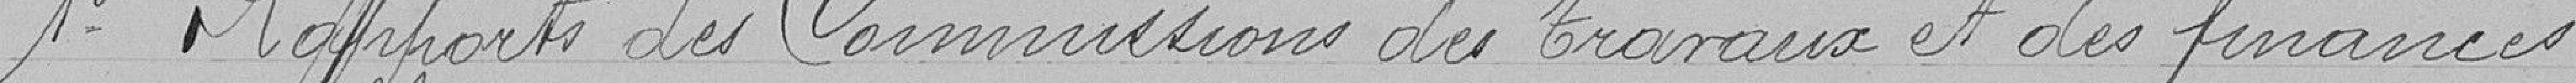
1° Rapport des Commissions des travaux et des finances